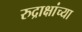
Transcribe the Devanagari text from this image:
रुद्राक्षांच्या